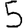
Digit: 5